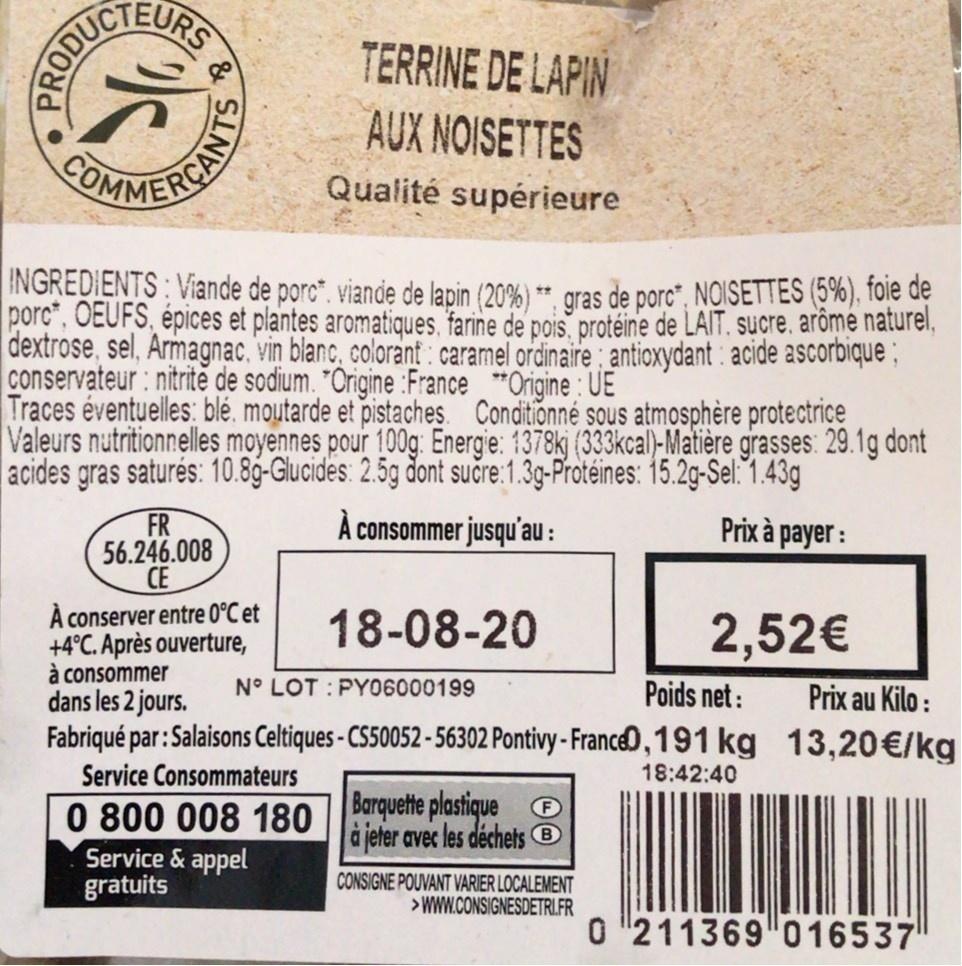
EURS
TERRINE DE LAPIN
PRODUCE
AUX NOISETTES
Qualité supérieure
INGREDIENTS : Viande de porc", viande de lapin (20%) **. aras de porc“, NOISETTES (5%). foie de porc", OEUFS, épices et plantes aromatiques. farine de pois, protéine de LAIT. sucre. arôme naturel, dextrose, sel, Armagnac, vin blanc, colorant : caramel ordinaire; antioxydant : acide ascorbique ; conservateur: nitrite de sodium. "Origine :France *Origine : UE Traces éventuelles: blé, moutarde et pistaches. Conditionné sous atmosphère protectrice Valeurs nutritionnelles moyennes pour 100g: Energie: 1378kj (333kcal)-Matière grasses: 29.1g dont acides gras saturés: 10.8g-Glucides: 2.5g dont sučre:1.3g-Protéines: 15.2g-Sel:1.43g
FR 56.246.008 CE
A consommer jusqu'au :
Prix à payer :
A conserver entre 0°C et +4°C. Après ouverture, à consommer dans les 2 jours. Fabriqué par: Salaisons Celtiques - CS50052 - 56302 Pontivy - France® , 191 kg 13,20€/kg
18-08-20
2,52€
N° LOT : PY06000199
Poids net:
Prix au Kilo :
Service Consommateurs
18:42:40
0 800 008 180 |Barquette plastique ® Service & appel gratuits
ajeter avec les déchets B
CONSIGNE POUVANT VARIER LOCALEMENT >WWW.CONSIGNESDETRIL.FR
0 "211369 016537
&
RCANTS